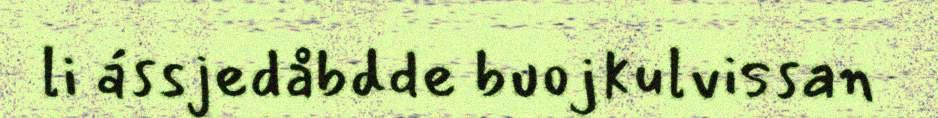
li ássjedåbdde buojkulvissan